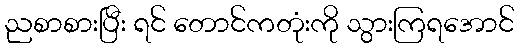
ညစာစားပြီး ရင် တောင်ကတုံးကို သွားကြရအောင်